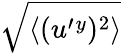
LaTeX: \sqrt{\langle{(u^{\prime}{}^{y})^{2}}\rangle}